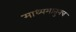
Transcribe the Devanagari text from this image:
माध्यमातुनच